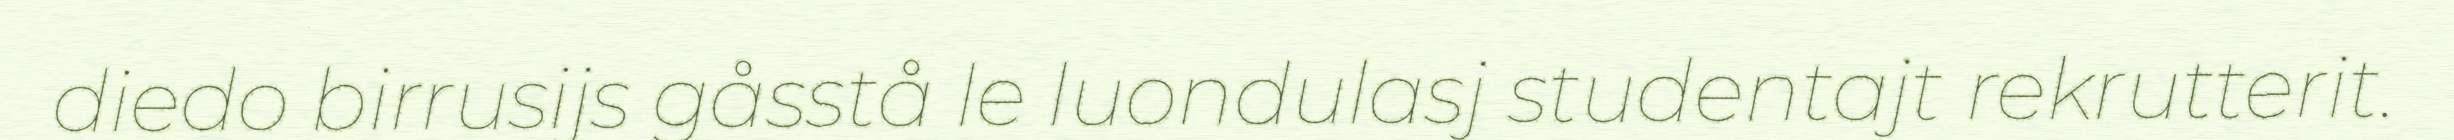
diedo birrusijs gåsstå le luondulasj studentajt rekrutterit.